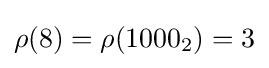
\rho (8)=\rho (1000_{2})=3